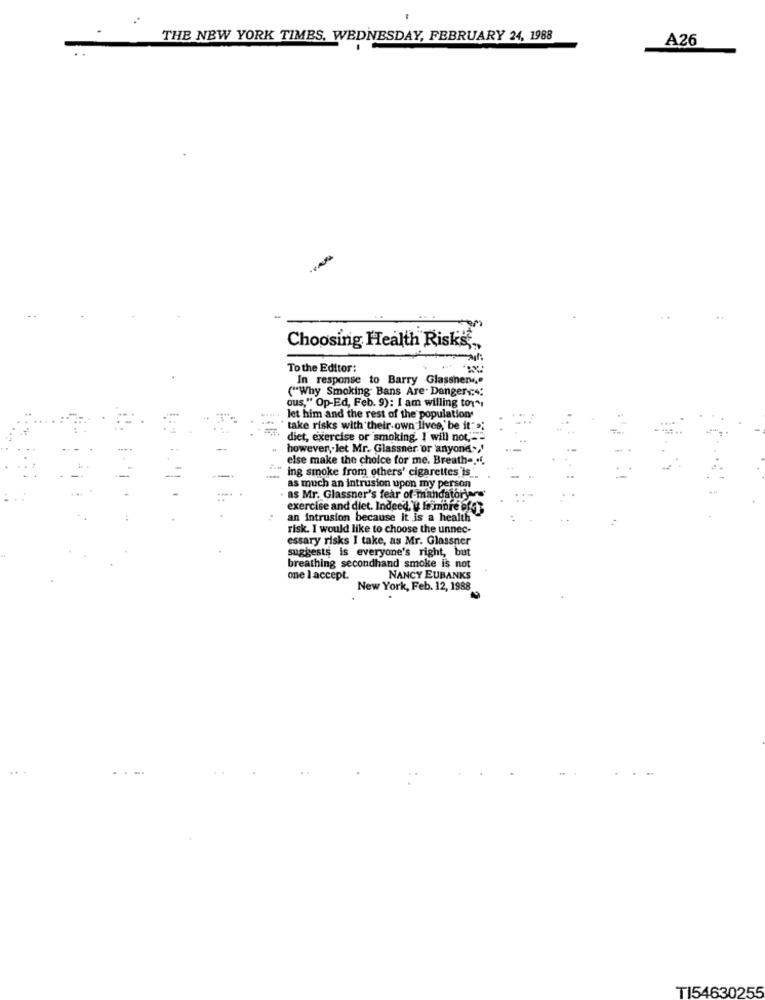
THE NEW YORK TIMES, WEDNESDAY, FEBRUARY 24, 1988
A26
Choosing Health Risks ..
To the Editor:
In response to Barry Glassner"
("Why Smoking Bans Are. Dangers:4:
ous," Op-Ed, Feb. 9): I am willing toy"
let him and the rest of the population
take risks with their own lives, be it: »;
. ..
diet, exercise or smoking. I will not,"""
however, let Mr. Glassner or anyone>,'
else make the choice for me. Breath -...
ing smoke from others' cigarettes is_
-
as much an intrusion upon my person
as Mr. Glassner's fear of-mandatory
exercise and diet. Indeed, & lo mbre of3
an Intrusion because it is a health
risk. I would like to choose the unnec-
essary risks I take, as Mr. Glassner
suggests is everyone's right, but
breathing secondhand smoke is not
one 1 accept.
NANCY EUBANKS
New York, Feb. 12, 1988
TI54630255